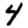
Digit: 4